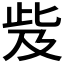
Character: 𣥨